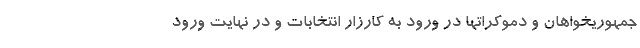
جمهوریخواهان و دموکراتها در ورود به کارزار انتخابات و در نهایت ورود